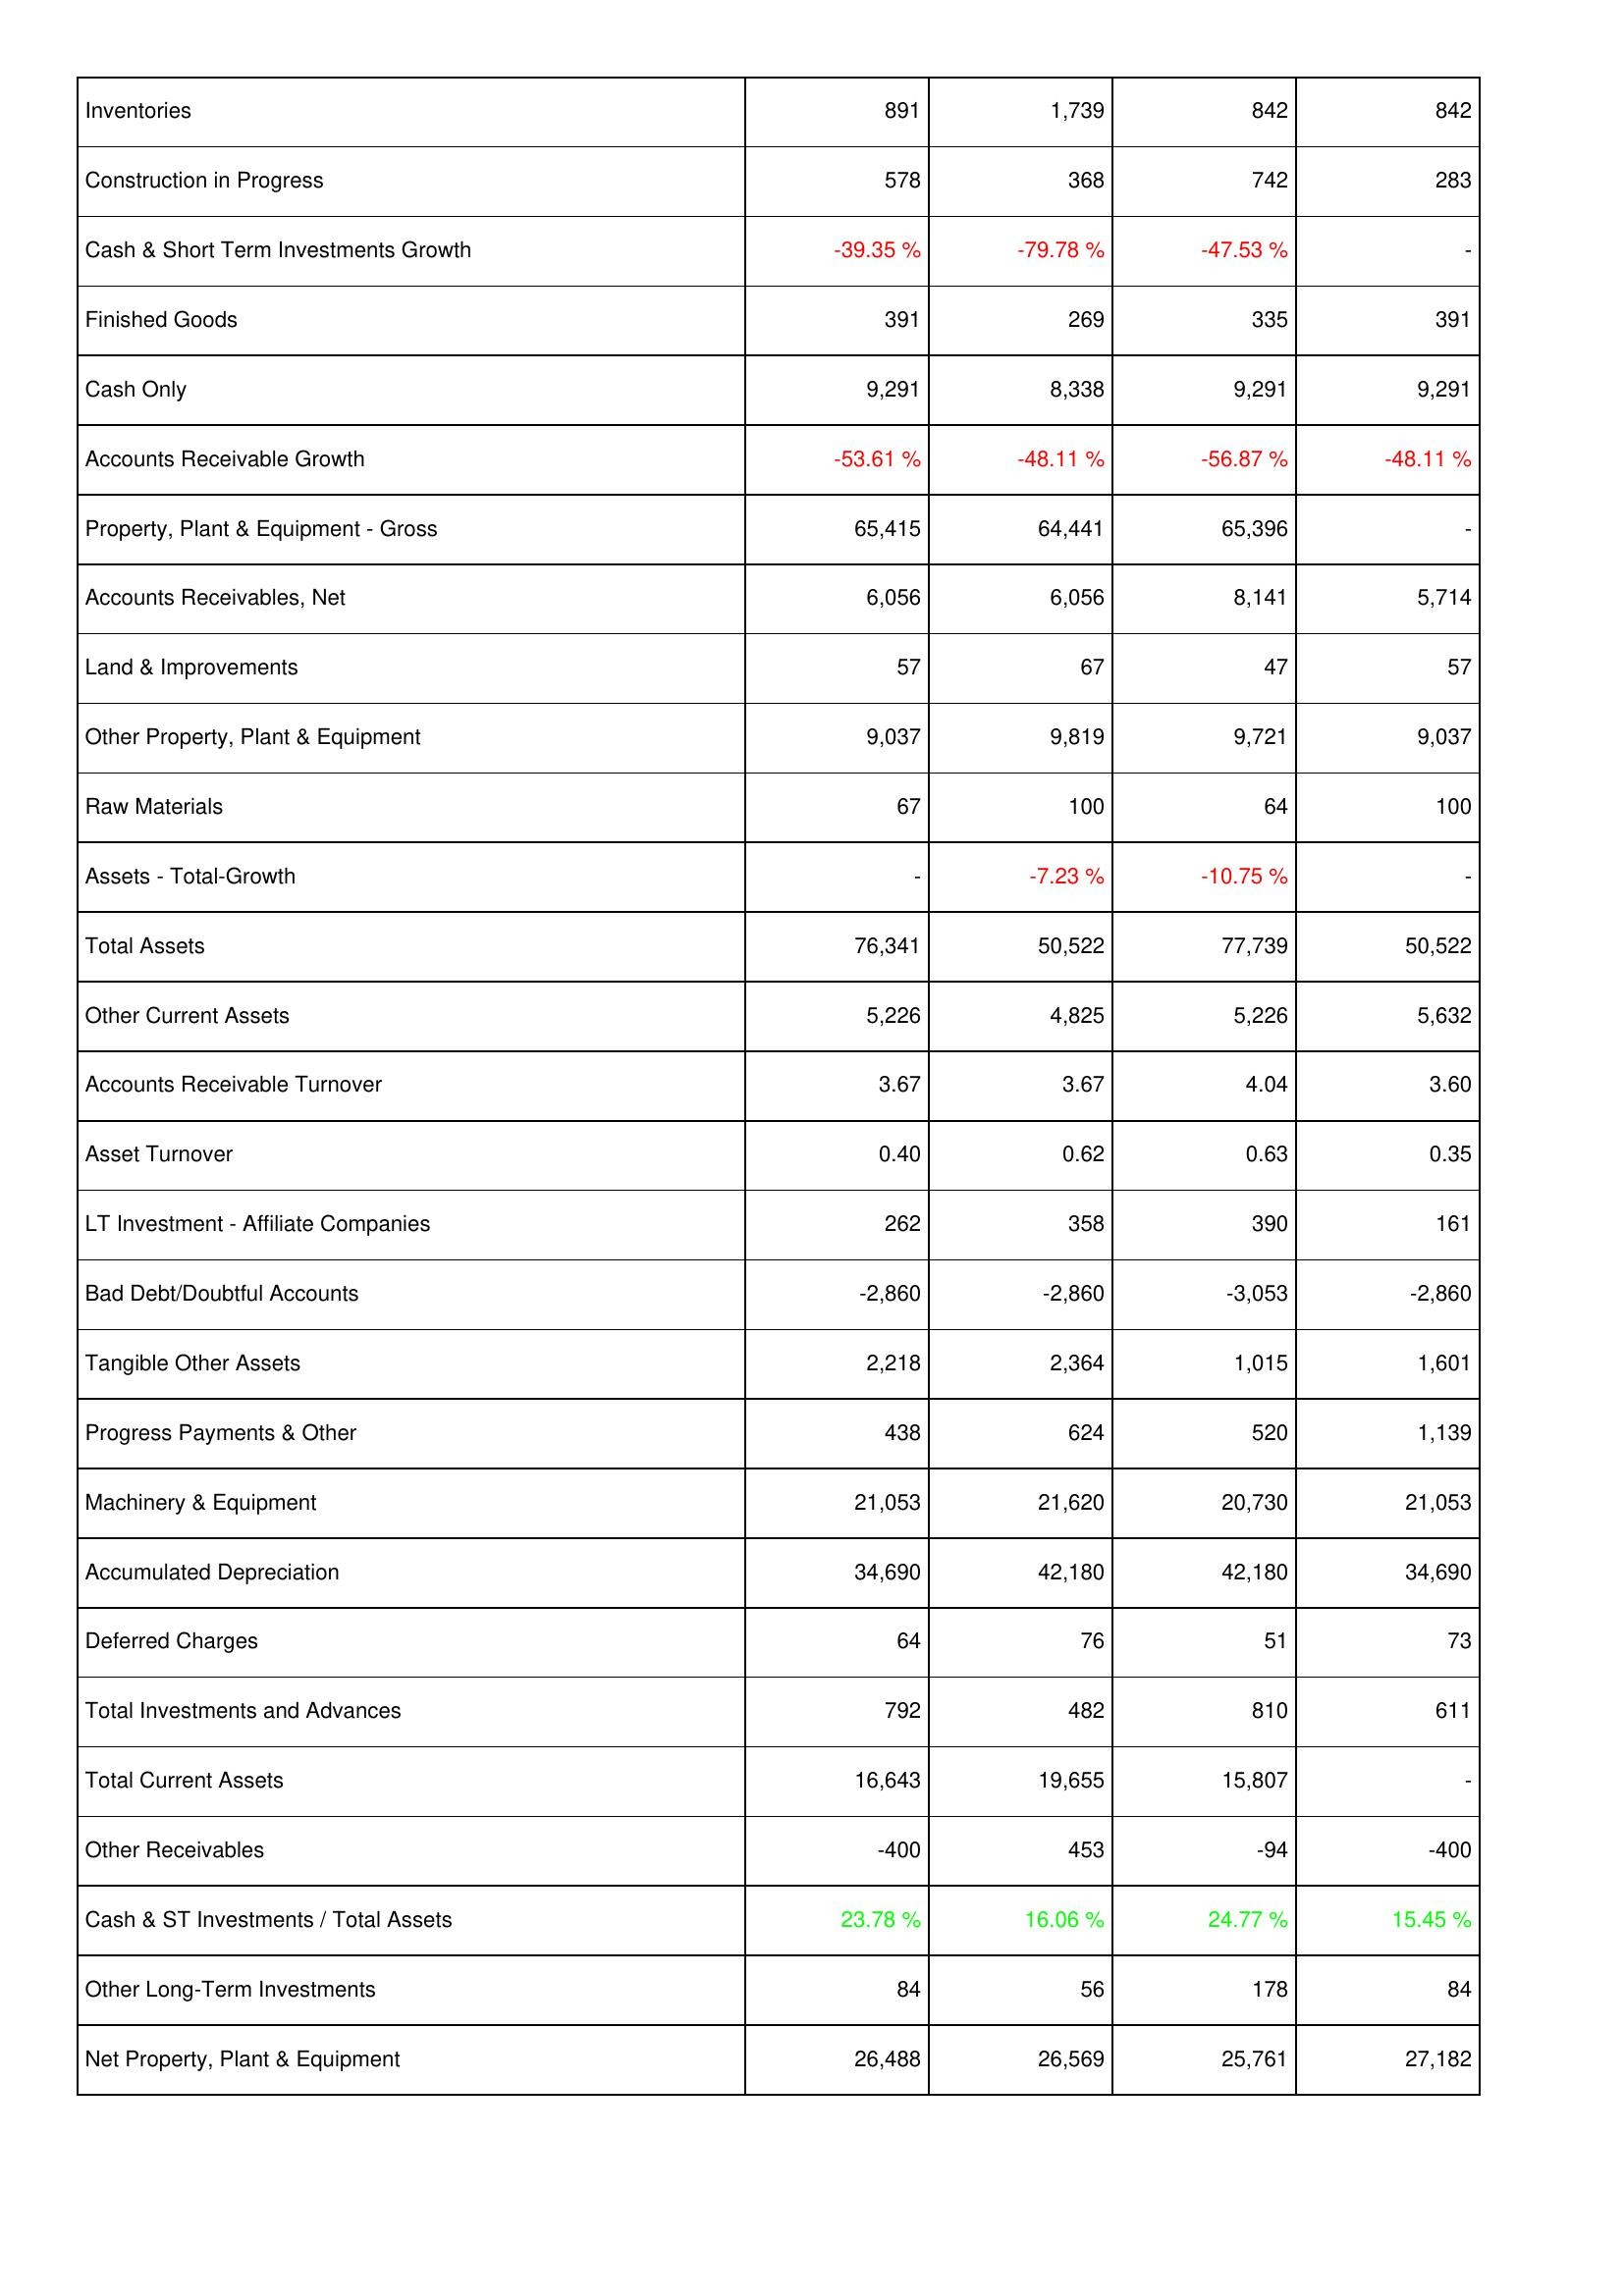
2007: Assets: Inventories: 891
Construction in Progress: 578
Cash & Short Term Investments Growth: -39.35 %
Finished Goods: 391
Cash Only: 9,291
Accounts Receivable Growth: -53.61 %
Property, Plant & Equipment - Gross: 65,415
Accounts Receivables, Net: 6,056
Land & Improvements: 57
Other Property, Plant & Equipment: 9,037
Raw Materials: 67
Assets - Total-Growth: -
Total Assets: 76,341
Other Current Assets: 5,226
Accounts Receivable Turnover: 3.67
Asset Turnover: 0.40
LT Investment - Affiliate Companies: 262
Bad Debt/Doubtful Accounts: -2,860
Tangible Other Assets: 2,218
Progress Payments & Other: 438
Machinery & Equipment: 21,053
Accumulated Depreciation: 34,690
Deferred Charges: 64
Total Investments and Advances: 792
Total Current Assets: 16,643
Other Receivables: -400
Cash & ST Investments / Total Assets: 23.78 %
Other Long-Term Investments: 84
Net Property, Plant & Equipment: 26,488
2008: Assets: Inventories: 1,739
Construction in Progress: 368
Cash & Short Term Investments Growth: -79.78 %
Finished Goods: 269
Cash Only: 8,338
Accounts Receivable Growth: -48.11 %
Property, Plant & Equipment - Gross: 64,441
Accounts Receivables, Net: 6,056
Land & Improvements: 67
Other Property, Plant & Equipment: 9,819
Raw Materials: 100
Assets - Total-Growth: -7.23 %
Total Assets: 50,522
Other Current Assets: 4,825
Accounts Receivable Turnover: 3.67
Asset Turnover: 0.62
LT Investment - Affiliate Companies: 358
Bad Debt/Doubtful Accounts: -2,860
Tangible Other Assets: 2,364
Progress Payments & Other: 624
Machinery & Equipment: 21,620
Accumulated Depreciation: 42,180
Deferred Charges: 76
Total Investments and Advances: 482
Total Current Assets: 19,655
Other Receivables: 453
Cash & ST Investments / Total Assets: 16.06 %
Other Long-Term Investments: 56
Net Property, Plant & Equipment: 26,569
2009: Assets: Inventories: 842
Construction in Progress: 742
Cash & Short Term Investments Growth: -47.53 %
Finished Goods: 335
Cash Only: 9,291
Accounts Receivable Growth: -56.87 %
Property, Plant & Equipment - Gross: 65,396
Accounts Receivables, Net: 8,141
Land & Improvements: 47
Other Property, Plant & Equipment: 9,721
Raw Materials: 64
Assets - Total-Growth: -10.75 %
Total Assets: 77,739
Other Current Assets: 5,226
Accounts Receivable Turnover: 4.04
Asset Turnover: 0.63
LT Investment - Affiliate Companies: 390
Bad Debt/Doubtful Accounts: -3,053
Tangible Other Assets: 1,015
Progress Payments & Other: 520
Machinery & Equipment: 20,730
Accumulated Depreciation: 42,180
Deferred Charges: 51
Total Investments and Advances: 810
Total Current Assets: 15,807
Other Receivables: -94
Cash & ST Investments / Total Assets: 24.77 %
Other Long-Term Investments: 178
Net Property, Plant & Equipment: 25,761
2010: Assets: Inventories: 842
Construction in Progress: 283
Cash & Short Term Investments Growth: -
Finished Goods: 391
Cash Only: 9,291
Accounts Receivable Growth: -48.11 %
Property, Plant & Equipment - Gross: -
Accounts Receivables, Net: 5,714
Land & Improvements: 57
Other Property, Plant & Equipment: 9,037
Raw Materials: 100
Assets - Total-Growth: -
Total Assets: 50,522
Other Current Assets: 5,632
Accounts Receivable Turnover: 3.60
Asset Turnover: 0.35
LT Investment - Affiliate Companies: 161
Bad Debt/Doubtful Accounts: -2,860
Tangible Other Assets: 1,601
Progress Payments & Other: 1,139
Machinery & Equipment: 21,053
Accumulated Depreciation: 34,690
Deferred Charges: 73
Total Investments and Advances: 611
Total Current Assets: -
Other Receivables: -400
Cash & ST Investments / Total Assets: 15.45 %
Other Long-Term Investments: 84
Net Property, Plant & Equipment: 27,182